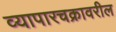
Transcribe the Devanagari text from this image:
व्यापारचक्रावरील